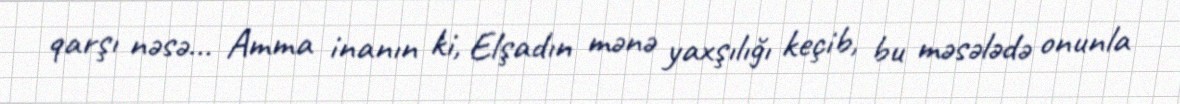
qarşı nəsə... Amma inanın ki, Elşadın mənə yaxşılığı keçib, bu məsələdə onunla